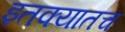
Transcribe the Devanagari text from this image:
इतक्यातच